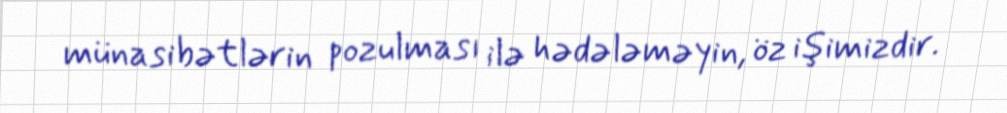
münasibətlərin pozulması ilə hədələməyin, öz işimizdir.